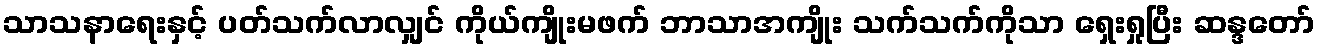
သာသနာရေးနှင့် ပတ်သက်လာလျှင် ကိုယ်ကျိုးမဖက် ဘာသာအကျိုး သက်သက်ကိုသာ ရှေးရှုပြီး ဆန္ဒတော်